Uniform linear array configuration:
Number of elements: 48
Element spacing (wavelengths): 0.75
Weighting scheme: blackman
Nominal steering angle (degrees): -60
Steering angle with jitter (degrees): -61.847
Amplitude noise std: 0.05
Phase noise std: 0.05

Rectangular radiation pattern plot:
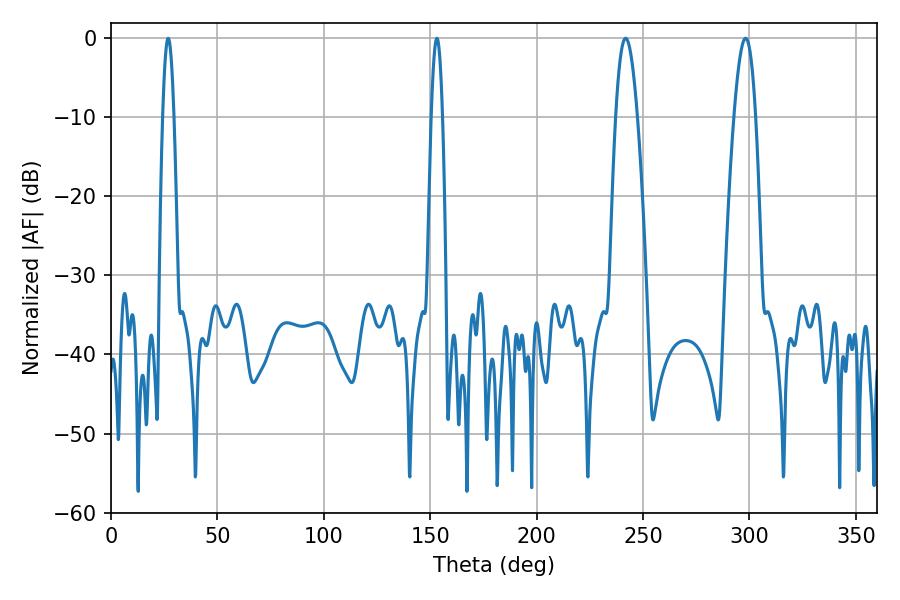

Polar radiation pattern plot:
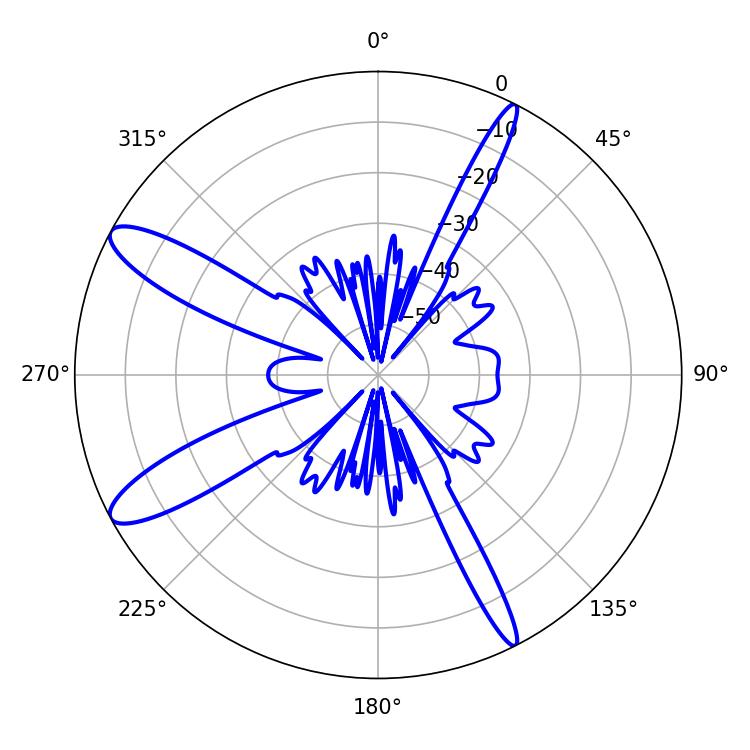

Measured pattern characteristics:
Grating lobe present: TRUE
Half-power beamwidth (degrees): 5.58
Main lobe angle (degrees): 241.74